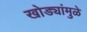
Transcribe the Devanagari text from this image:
खोड्यांमुळे